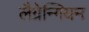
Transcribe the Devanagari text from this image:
लैग्रेन्गियन